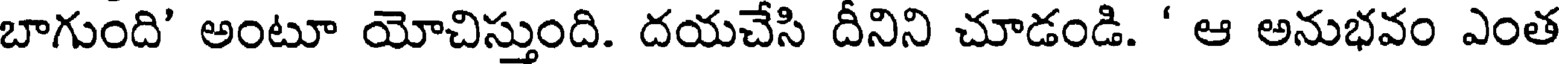
బాగుంది' అంటూ యోచిస్తుంది. దయచేసి దీనిని చూడండి. ' ఆ అనుభవం ఎంత